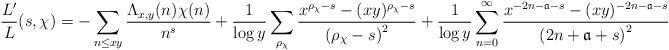
LaTeX: \begin{align*}\frac{L'}{L}(s,\chi) = -\sum_{n\leq xy}\frac{\Lambda_{x,y}(n)\chi(n)}{n^s} + \frac{1}{\log{y}}\sum_{\rho_{\chi}}\frac{x^{\rho_{\chi}-s}-(xy)^{\rho_{\chi}-s}}{\left(\rho_{\chi}-s\right)^{2}} + \frac{1}{\log{y}}\sum_{n=0}^{\infty}\frac{x^{-2n-\mathfrak{a}-s}-(xy)^{-2n-\mathfrak{a}-s}}{\left(2n+\mathfrak{a}+s\right)^{2}}\end{align*}